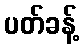
ပတ်ခန့်